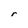
Character: r